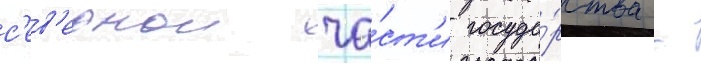
с'ев'ернои ча́ст'и госуда́рства -